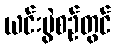
ယင်းပွဲစဉ်တွင်